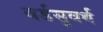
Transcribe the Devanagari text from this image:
वर्डसुवर्थ